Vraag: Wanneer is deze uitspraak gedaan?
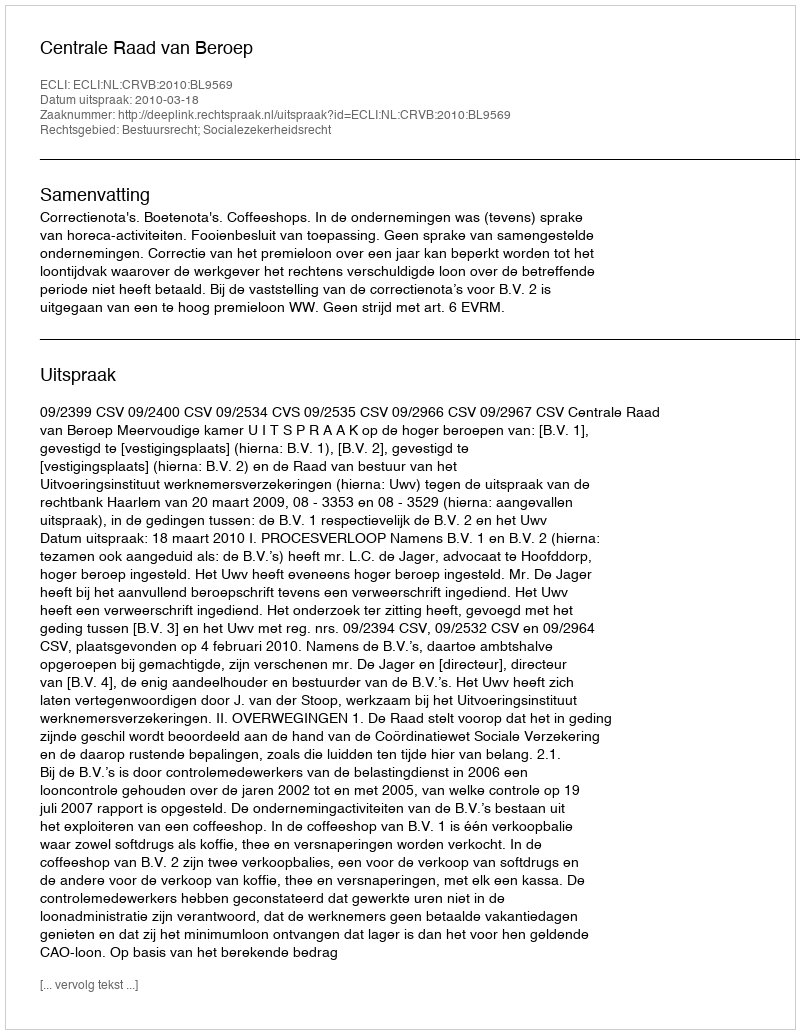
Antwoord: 2010-03-18